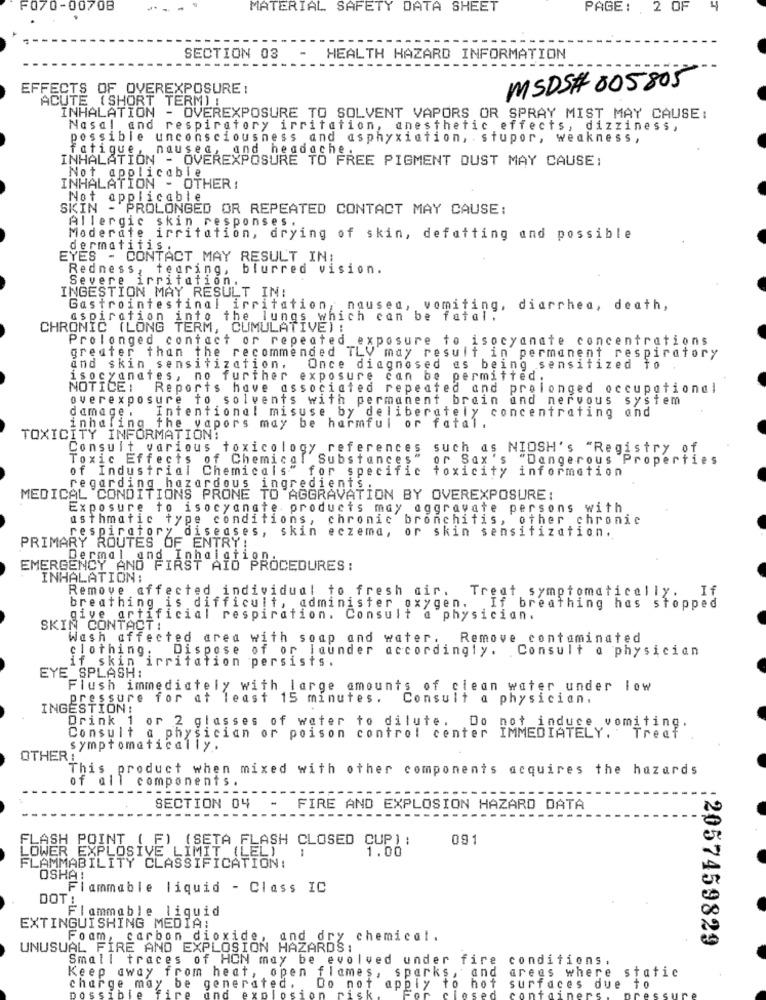
F070-00708
MATERIAL SAFETY DATA SHEET
PAGE: , 2 OF
4
SECTION 03
HEALTH HAZARD INFORMATION
EFFECTS OF OVEREXPOSURE :
MSDS# 005805
ACUTE (SHORT TERM)!
INHALATION - OVEREXPOSURE TO SOLVENT VAPORS OR SPRAY MIST MAY CAUSE:
Nasal and respiratory irritation, anesthetic effects, dizziness,
possible unconsciousness and asphyxiation, . stupor, weakness,
fatigue, nausea, and headache.
INHALATION - OVEREXPOSURE TO FREE PIGMENT DUST MAY CAUSE:
Not applicable
INHALATION - OTHER:
Not applicable
SKIN - PROLONGED OR REPEATED CONTACT MAY CAUSE:
Allergic skin responses .
Moderate irritation, drying of skin, defatting and possible
dermatitis.
EYES - CONTACT MAY RESULT IN:
Redness, tearing, blurred vision.
Severe irritation.
INGESTION MAY RESULT IN:
Gastrointestinal irritation, nausea, vomiting, diarrhea, death,
aspiration into the lungs which can be fatal.
CHRONIC (LONG TERM, CUMULATIVE) :
Prolonged contact or repeated
exposure to isocyanate concentrations
greater than the recommended TLV may result in permanent respiratory
and skin sensitization.
Once diagnosed as being sensitized to
isocyanates, no further exposure can be permitted.
NOTICE!
Reports have associated repeated and prolonged occupational
overexposure fo solvents with permanent brain and nervous system
damage .
Intentional misuse by deliberately concentrating and
inhaling the vapors may be harmful or fatal .
TOXICITY INFORMATION:
Consult various toxicology references such as NIOSH's "Registry of
Toxic Effects of Chemical
Substances"
or Sax 's
"Dangerous Properties
of Industrial Chemicals" for specific toxicity information
regarding hazardous ingredients
MEDICAL CONDITIONS PRONE TO AGGRAVATION BY OVEREXPOSURE:
Exposure to isocyanate. products may aggravate persons with
asthmatic type conditions, chronic bronchitis, other chronic
respiratory diseases, skin eczema, or skin sensitization.
PRIMARY ROUTES OF ENTRY!
Dermal and Inhalatigh
EMERGENCY AND FIRST AID PROCEDURES :
INHALATION:
Remove affected individual to fresh air. Treat symptomatically.
breathing is difficult, administer oxygen.
If breathing has stopped
give artificial respiration. Consult a physician.
SKIN CONTACT:
Wash affected area with soap and water.
Remove contaminated
Dispose of or launder accordingly. Consult a physician
clothing:
if skin irritation persists.
EYE SPLASH:
Flush immediately with large amounts of clean water under low
pressure for at least 15 minutes.
Consult a physician.
INGESTION !
Drink 1 or 2 glasses of water to dilute. Do not induce vomiting.
Consult a physician or poison control center IMMEDIATELY. Treef
symptomatically.
OTHER :
This product when mixed with other components acquires the hazards
of all
components .
SECTION 04
-----
-
FIRE AND EXPLOSION HAZARD DATA
----------
FLASH POINT ( F) (SETA FLASH CLOSED CUP) :
091
1.00
LOWER EXPLOSIVE LIMIT (LEL)
FLAMMABILITY CLASSIFICATION:
OSHA!
Flammable liquid - Class IC
DOT!
Flammable liquid
EXTINGUISHING MEDIA:
Foam, carbon dioxide, and dry chemical.
:2057459829
UNUSUAL FIRE AND EXPLOSION HAZARDS:
Small traces of HON may be evolved under fire conditions.
areas where
Keep away from heat, open flames, sparks, and
static
charge may be generated. . Do not apply To
to hot surfaces due to
ainen
sure